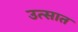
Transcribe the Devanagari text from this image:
उत्सात